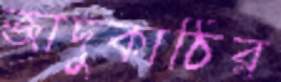
জাদুকাঠির